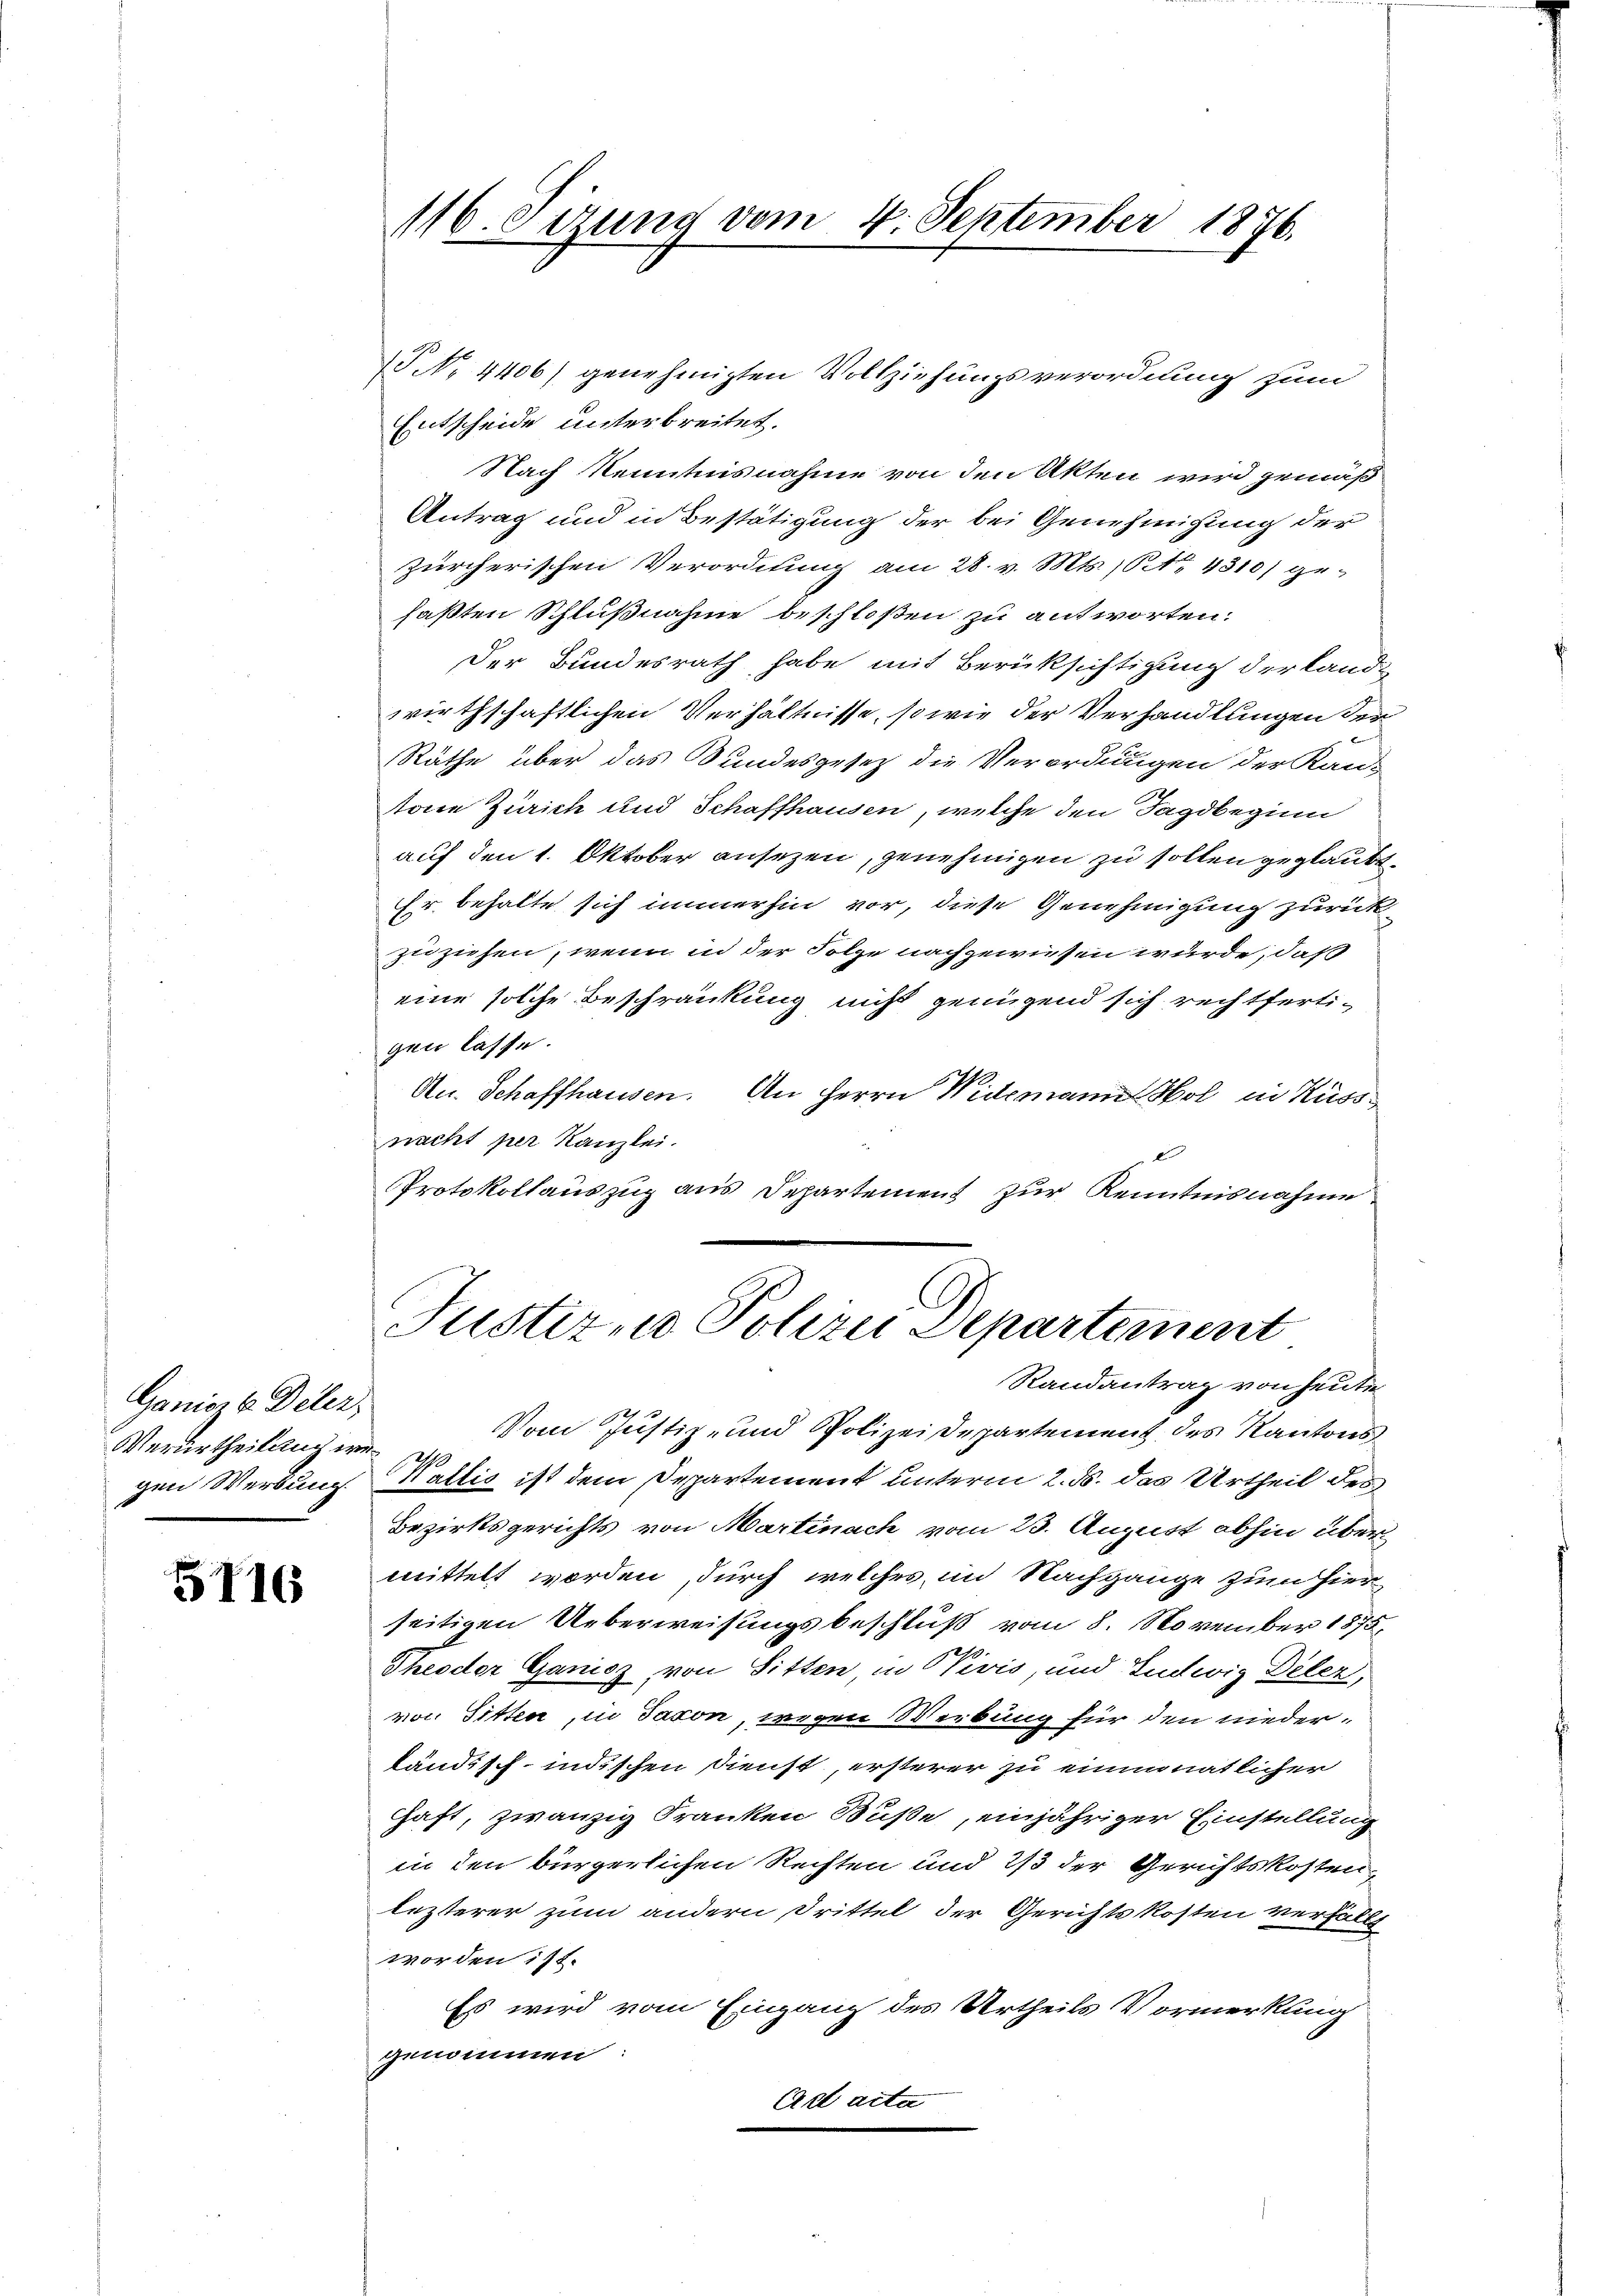
Ganioze Deler,
Verurtheilung wir d
gen Werbung.
.

5716

P No. 4406) genehmigten Vollziehungsverordnung zum
Entscheide unterbreitet.
Nach Kenntnisnahme von den Akten wird gemäß
Antrag und in Bestätigung der bei Genehmigung der
zürcherischen Verordnung am 28. v. Mts., Nr. 4310) ge-
faßten Schlußnahme beschloßen zu antworten.
Der Bundesrath habe mit Berüksichtigung der Lande
wirthschaftlichen Verhältnisse, so wie der Verhandlungen der
Räthe über das Bundesgesez die Verordnugen der Kan-
torie Zürich und Schaffhausen, welche den Tagsbeginn
auf den 1. Oktober ansezen, genehmigen zu sollen geglaubt,
Er behalte sich immerhin vor, diese Genehmigung zurück
zuziehen, wenn in der Folge nachgewiesen würde, daß
eine solche Beschränkung nicht genügend sich rechtfertigen lasse.
An. Schaffhausen. An Herrn Widemann Hol in Kussnacht per Kanzlei.
Protokollauszug aus Departement zur Kenntnisnahme

116. Sizung vom 4. September 1876.

Justizio Polizei Departement
Randantrag von heute
Vom Justiz- und Polizei Departement des Kantons

Kattis ist dem Departement unterm 2. d. das Urtheil des
Bezirksgerichts von Martinach vom 23. August abhin über
mittelt worden, durch welches im Nachgange zum Hier
seitigen Ueberweisungsbeschluß vom 8. November 1875.
Theodor Ganicz, von Sitten in Civis, und Ludwig Diler,
von Sitten, in Jacon, wegen Werbung für den niederländisch-indischen Dienst, ersterer zu einmonatlicher
Gaft, zwanzig Franken Buße, einjähriger Einstellung
in den bürgerlichen Rechten und 2/3 der Gerichtskosten,
lezterer zum andern Drittel der Gerichtskosten verfüllt
worden ist.
Es wird vom Eingang des Urtheils Vormerkung
genommen
Act acte